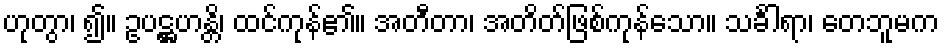
ဟုတွာ၊ ၍။ ဥပဋ္ဌဟန္တိ၊ ထင်ကုန်၏။ အတီတာ၊ အတိတ်ဖြစ်ကုန်သော။ သင်္ခါရာ၊ တေဘူမက